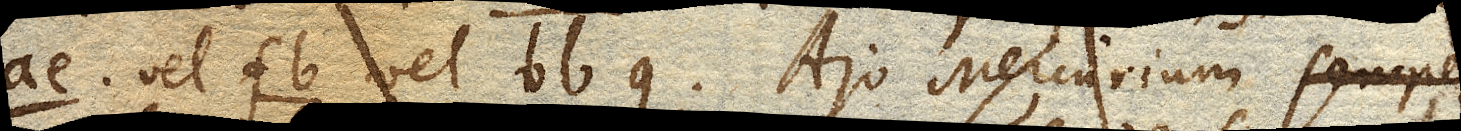
ae vel fb vel bb g . Ajo Mercurium semper